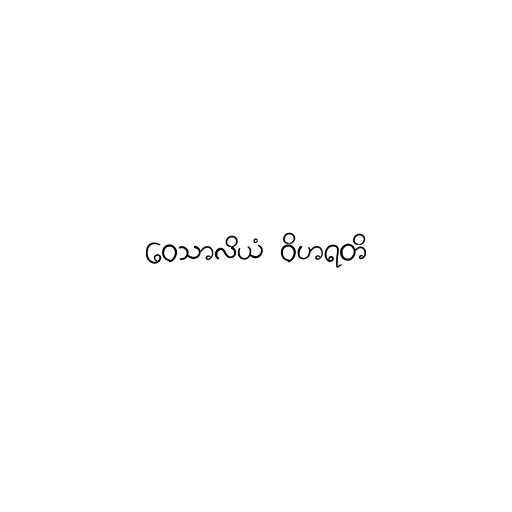
ဝေသာလိယံ ဝိဟရတိ